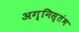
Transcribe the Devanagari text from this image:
अग्निस्तंभ